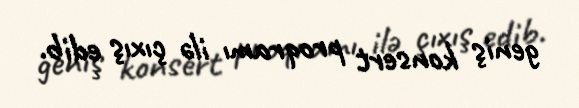
geniş konsert proqramı ilə çıxış edib.